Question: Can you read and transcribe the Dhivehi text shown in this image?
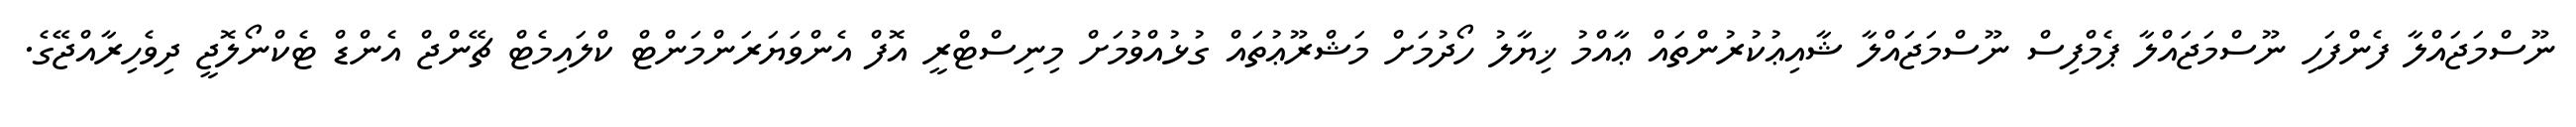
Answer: ނޫސްމަޖައްލާ ފެންފަހި ނޫސްމަޖައްލާ ޕެމްފިސް ނޫސްމަޖައްލާ ޝާއިޢުކުރުންތައް ޢާއްމު ޚިޔާލު ހޯދުމަށް މަޝްރޫޢުތައް ގުޅުއްވުމަށް މިނިސްޓްރީ އޮފް އެންވަޔަރަންމަންޓް ކްލައިމެޓް ޗޭންޖް އެންޑް ޓެކްނޯލޮޖީ ދިވެހިރާއްޖޭގެ.